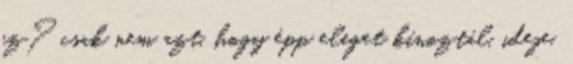
ez? csak nem azt, hogy épp eleget kínoztál, ideje,